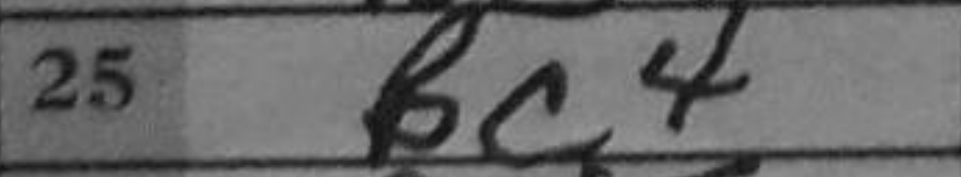
Transcription: Bc4